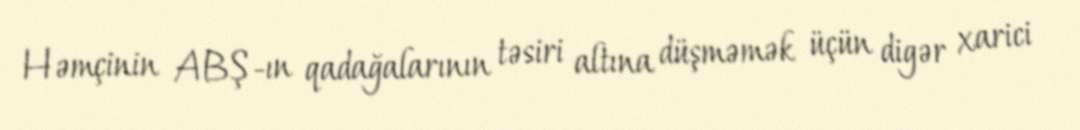
Həmçinin ABŞ-ın qadağalarının təsiri altına düşməmək üçün digər xarici